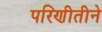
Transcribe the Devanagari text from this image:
परिणीतीने